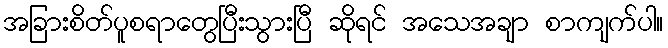
အခြားစိတ်ပူစရာတွေပြီးသွားပြီ ဆိုရင် အသေအချာ စာကျက်ပါ။